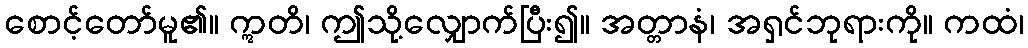
စောင့်တော်မူ၏။ ဣတိ၊ ဤသို့လျှောက်ပြီး၍။ အတ္တာနံ၊ အရှင်ဘုရားကို။ ကထံ၊